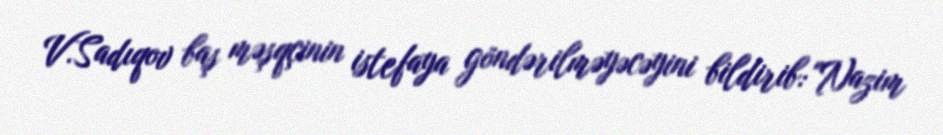
V.Sadıqov baş məşqçinin istefaya göndərilməyəcəyini bildirib: "Nazim